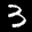
Label: 3